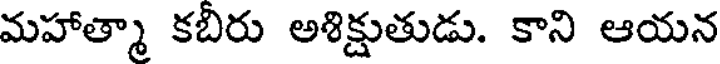
మహాత్మా కబిరు అశిక్షుతుడు. కాని ఆయన